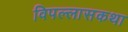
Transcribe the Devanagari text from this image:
विपल्लासकथा